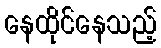
နေထိုင်နေသည့်